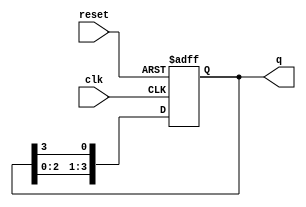
module bistable_ring_counter #(
    parameter N = 4 // Number of flip-flops (states)
)(
    input wire clk,         // Clock signal
    input wire reset,       // Asynchronous reset signal
    output reg [N-1:0] q    // Output state of the counter
);

// Initial state
initial begin
    q = 1'b1; // Set the first flip-flop to '1' and others to '0'
end

// Always block for synchronous operation
always @(posedge clk or posedge reset) begin
    if (reset) begin
        q <= 1'b1; // Reset to initial state
    end else begin
        // Shift the '1' bit to the right
        q <= {q[N-2:0], q[N-1]}; // Shift right and wrap around
    end
end

endmodule